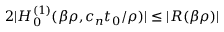
2 \lvert H _ { 0 } ^ { ( 1 ) } ( \beta \rho , c _ { n } t _ { 0 } / \rho ) \rvert \le \lvert R ( \beta \rho ) \rvert